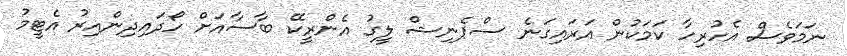
ނަމަވެސް އެހުރިހާ ކަމަކުން އަރައިގަނެ ސްޕެނިޝް ލީގު އެންރީކޭ ބާސާއަށް ހޯދައިދިންއިރު އެޓީމު